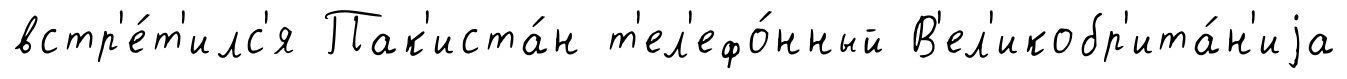
встр'е́т'илс'я Пак'иста́н т'ел'ефо́нный В'ел'икобр'ита́н'иjа